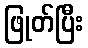
ဖြုတ်ပြီး